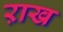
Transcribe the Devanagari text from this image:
ऱाख